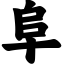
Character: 阜